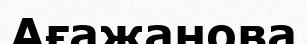
Ағажанова